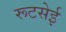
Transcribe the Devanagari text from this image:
रूटसेई